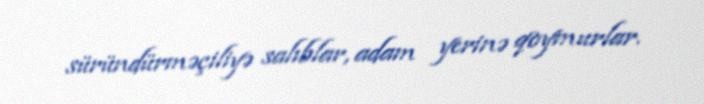
süründürməçiliyə salıblar, adam yerinə qoymurlar.